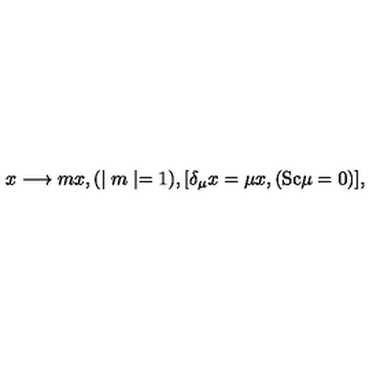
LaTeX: x \longrightarrow m x , ( \mid m \mid = 1 ) , [ \delta _ { \mu } x = \mu x , ( \mathrm { S c } \mu = 0 ) ] ,